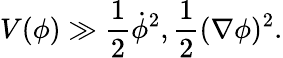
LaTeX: V(\phi)\gg\frac{1}{2}{\dot{\phi}}^{2},\frac{1}{2}(\nabla\phi)^{2}.